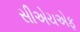
સીએચએફ